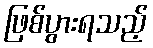
ဖြစ်ပွားရသည့်